Leaving Certificate Examination (including Day School Certificate (Higher) General paper), 1935
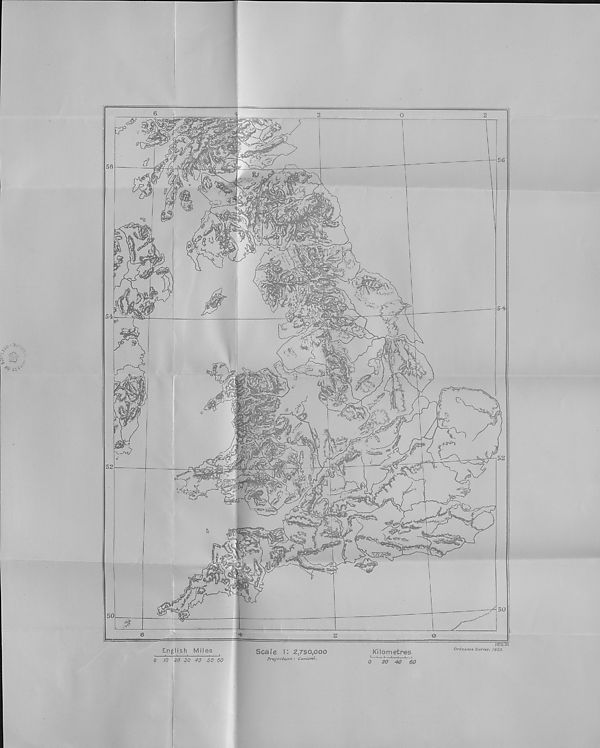
LOWER GEOG.
(MAPS.)
LEAVING CERTIFICATE EXAMINATION, 1935
SCIENCE.
LOWER G-RADE—(GKEOORAEHX).
MAPS.
FILL THIS IN FIRST.
Name of School
Name of Pupil-
TO BE PINNED INSIDE THE CANDIDATE’S BOOK OF ANSWERS
AND THUS SENT TO THE DEPARTMENT.
[OVER,